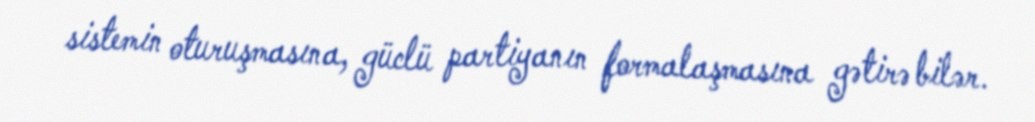
sistemin oturuşmasına, güclü partiyanın formalaşmasına gətirə bilər.